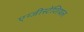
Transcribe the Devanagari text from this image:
एग्जीस्टेंशियल